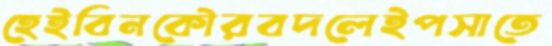
হেইবিনকৌরবদলেইপসাতে